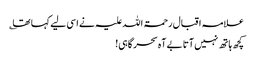
علامہ اقبال رحمۃ اللہ علیہ نے اسی لیے کہا تھا ؎
کچھ ہاتھ نہیں آتا بے آہ سحر گاہی!